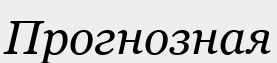
Прогнозная